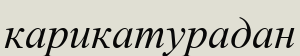
карикатурадан